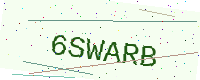
Text: 6SWARB